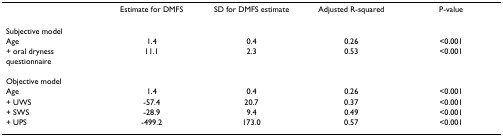
|  | Estimate for DMFS | SD for DMFS estimate | Adjusted R-squared | P-value |
 | --- | --- | --- | --- | --- |
 | Subjective model |  |  |  |  |
 | Age | 1.4 | 0.4 | 0.26 | <0.001 |
 | + oral dryness questionnaire | 11.1 | 2.3 | 0.53 | <0.001 |
 | Objective model |  |  |  |  |
 | Age | 1.4 | 0.4 | 0.26 | <0.001 |
 | + UWS | -57.4 | 20.7 | 0.37 | <0.001 |
 | + SWS | -28.9 | 9.4 | 0.49 | <0.001 |
 | + UPS | -499.2 | 173.0 | 0.57 | <0.001 |